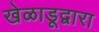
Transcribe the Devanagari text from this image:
खेळाडूद्वारा